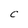
Character: C